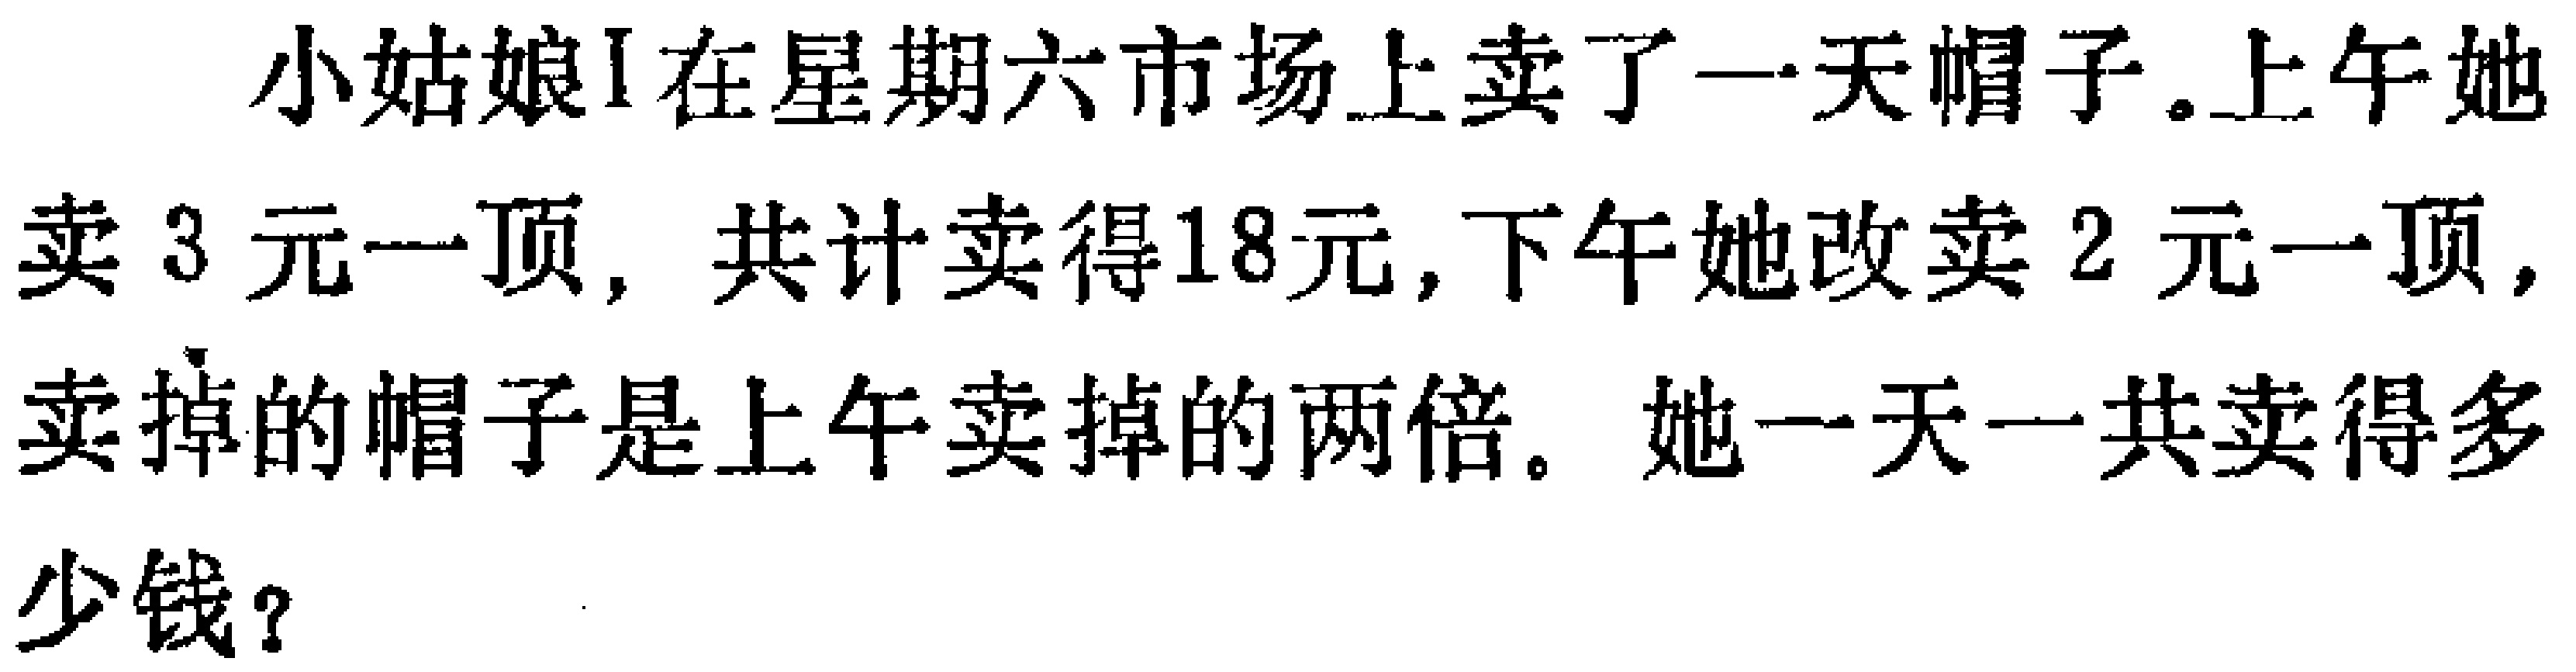
小姑娘I在星期六市场上卖了一天帽子.上午她卖3元一顶, 共计卖得18元,下午她改卖2元一顶,卖掉的帽子是上午卖掉的两倍. 她一天一共卖得多少钱？